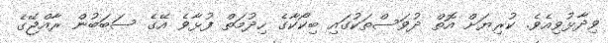
ވިދާޅުވިއެވެ. ކުރިޔަށް އޮތް ދުވަސްތަކުގައި ބިކޯކާގެ ހިދުމަތް ފުޅާވެ އޭގެ ސަބަބުން ރާއްޖޭގެ